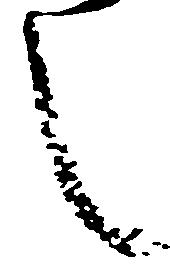
し